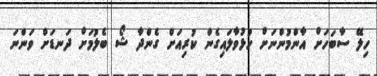
ހިލޭ ސާބަހަށް އާންމުންނަށް ހުޅުވާލައިގެން ކުރިއަށް ގެންދާ ޝޯ ބެލުމަށް ދަނޑަށް ވަންނަ